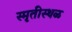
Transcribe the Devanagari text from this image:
स्मृतीस्थळ